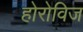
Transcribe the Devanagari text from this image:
होरोविज